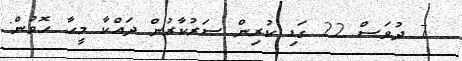
7 ދުވަސް 22 ގަޑި ކުރިން ސަރުކާރުން ދައްކާ މީހާ ހޮވުން: